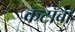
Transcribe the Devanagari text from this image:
कटॉबा